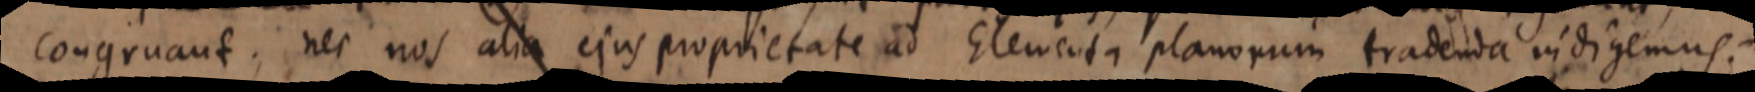
congruant, nec nos alia ejus proprietate ad Elementa planorum tradenda indigemus.